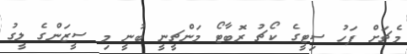
މެޗަށް ފަހު ސިޓީގެ ކޯޗު ރޮބާޓޯ މަންޗީނީ ބުނީ މި ސީޒަންގެ ލީގު